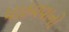
પાઠવવાનો